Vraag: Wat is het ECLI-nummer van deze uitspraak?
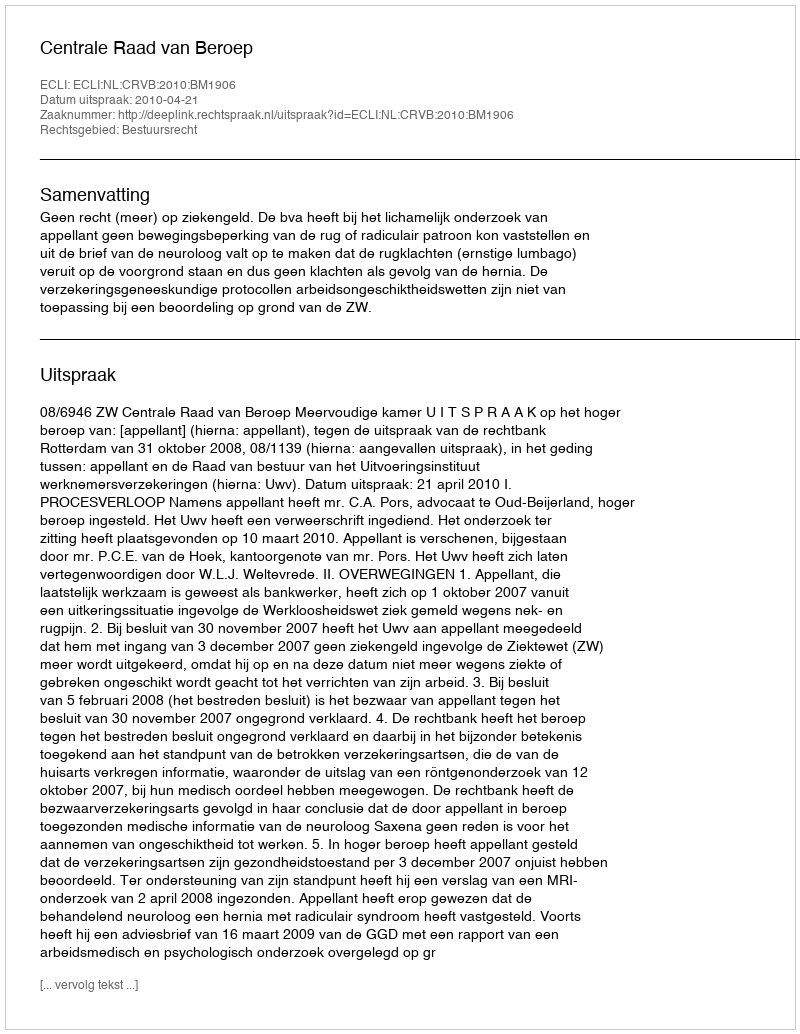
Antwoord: ECLI:NL:CRVB:2010:BM1906